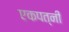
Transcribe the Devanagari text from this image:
एकपत्‍नी